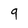
Character: 9